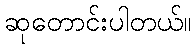
ဆုတောင်းပါတယ်။